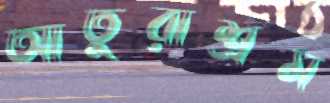
আতুরাশ্রম